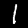
Digit: 1